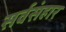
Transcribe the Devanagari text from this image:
सर्वसंहार